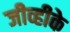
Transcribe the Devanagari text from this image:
जीव्हीके